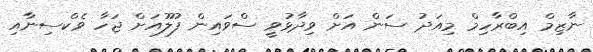
ނާޒިމް އިބްރާހިމް މިއަދު ސަން އަށް ވިދާޅުވީ ސްވައިން ފުލޫއަށް ޖަހާ ވެކްސިނާއި